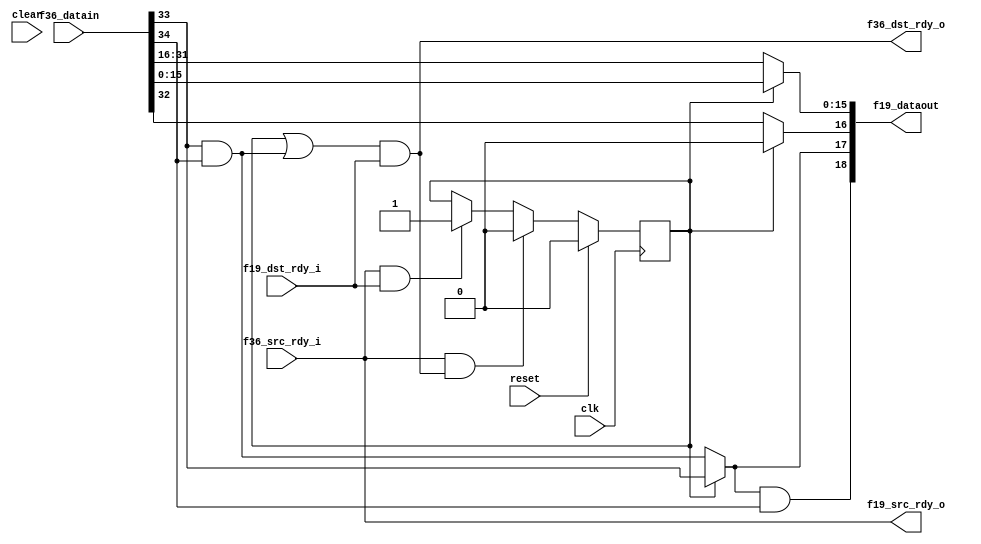

module fifo36_to_fifo19
  (input clk, input reset, input clear,
   input [35:0] f36_datain,
   input f36_src_rdy_i,
   output f36_dst_rdy_o,
   
   output [18:0] f19_dataout,
   output f19_src_rdy_o,
   input f19_dst_rdy_i );

   wire   f36_sof  = f36_datain[32];
   wire   f36_eof  = f36_datain[33];
   wire   f36_occ  = f36_datain[35:34];

   reg phase;

   wire half_line 	   = f36_eof & ((f36_occ==1)|(f36_occ==2));
   
   assign f19_dataout[15:0] = phase ? f36_datain[15:0] : f36_datain[31:16];
   assign f19_dataout[16]  = phase ? 0 : f36_sof;
   assign f19_dataout[17]  = phase ? f36_eof : half_line;
   assign f19_dataout[18]  = f19_dataout[17] & ((f36_occ==1)|(f36_occ==3));
   
   assign f19_src_rdy_o    = f36_src_rdy_i;
   assign f36_dst_rdy_o    = (phase | half_line) & f19_dst_rdy_i;
	
   wire f19_xfer 	   = f19_src_rdy_o & f19_dst_rdy_i;
   wire f36_xfer 	   = f36_src_rdy_i & f36_dst_rdy_o;

   always @(posedge clk)
     if(reset)
       phase 		  <= 0;
     else if(f36_xfer)
       phase 		  <= 0;
     else if(f19_xfer)
       phase 		  <= 1;
   
       
endmodule // fifo36_to_fifo19